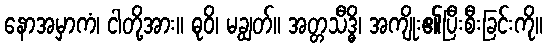
နောအမှာကံ၊ ငါတို့အား။ ဓုဝိ၊ မချွတ်။ အတ္တသီဒ္ဓိ၊ အကျိုး၏ပြီးစီးခြင်းကို။